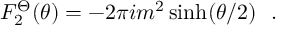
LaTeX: F _ { 2 } ^ { \Theta } ( \theta ) = - 2 \pi i m ^ { 2 } \sinh ( \theta / 2 ) \, \, \, \, .